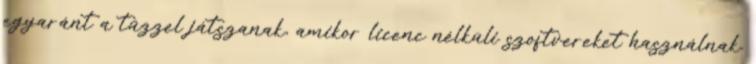
egyaránt a tűzzel játszanak, amikor licenc nélküli szoftvereket használnak.